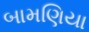
બામણિયા